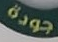
جودة